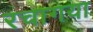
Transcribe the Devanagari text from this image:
रचागया